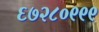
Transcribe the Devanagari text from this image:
६७२८०९९९